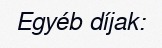
Egyéb díjak: